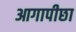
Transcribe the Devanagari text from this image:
आगापीछा